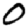
Digit: 0